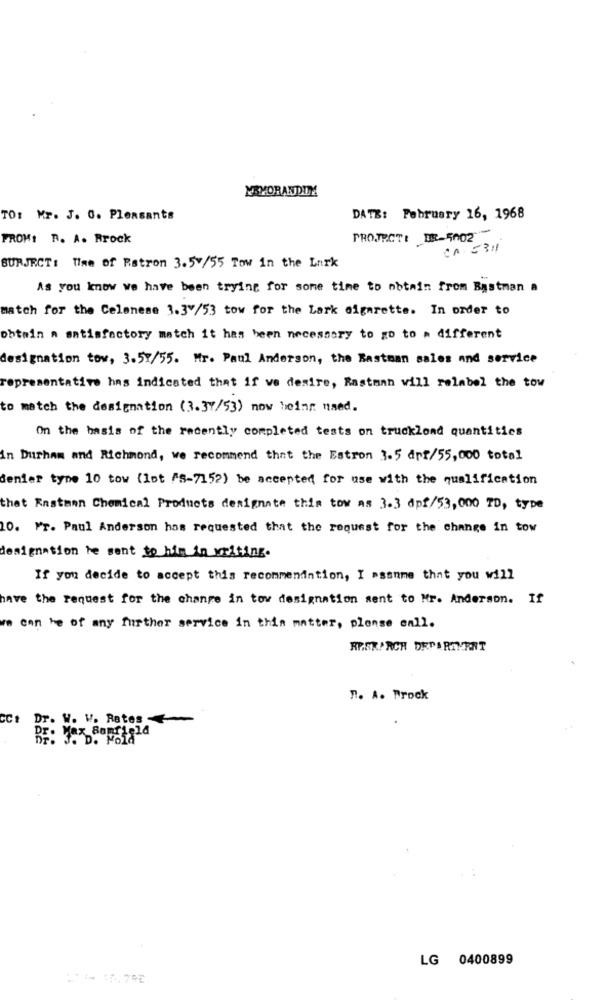
MEMORANDUM
TO: Mr. J. C. Pleasants
DATE: February 16, 1968
FROM: R. A. Rrock
PROJECT: DE-5002
CA =311
BURJECT: Time of Patron 3.5/55 Tow in the Lark
As you know we have been trying for some time to obtain from Eastman a
match for the Celenese 3.3 /53 tow for the Lark cigarette. In order to
obtain a satisfactory match it has been necessary to go to a different
designation tow, 3.57/55. Mr. Paul Anderson, the Eastman sales and service
representative has indicated that if ve desire, Rastman will relabel the tow
to match the designation (3.37/53) now being used.
On the basis of the recently completed tests on truckload quantities
in Durham and Richmond, we recommend that the Estron 3.5 art/55,000 total
denier type 10 tow (lot "S-7152) be accepted for use with the qualification
that Eastman Chemical Products designate this tow as 3-3 dpf/53,000 TD, type
20. Mr. Paul Anderson has requested that the request for the change in tow
designation be sent to him in writing.
If you decide to accept this recommendation, I assume that you will
have the request for the change in tov designation sent to Mr. Anderson. If
can be of any further service in this matter, please call.
EPER/RICH DEPARTMENT
". A. Prock
CCt
Dr. W. W. Rates
BE: 3. D. Mold"
LG 0400899
2- 17.792